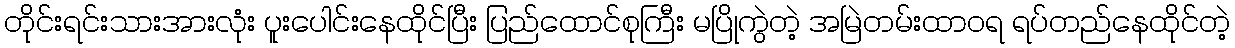
တိုင်းရင်းသားအားလုံး ပူးပေါင်းနေထိုင်ပြီး ပြည်ထောင်စုကြီး မပြိုကွဲတဲ့ အမြဲတမ်းထာဝရ ရပ်တည်နေထိုင်တဲ့